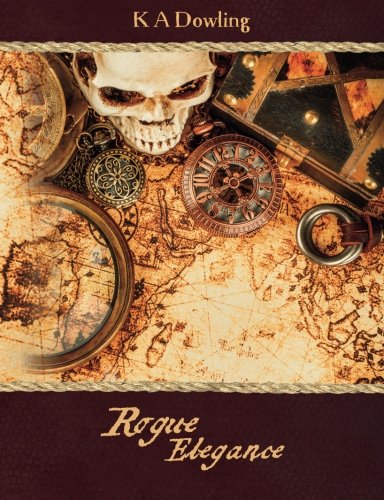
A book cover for Rogue Elegance; K A Dowling; Literature & Fiction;